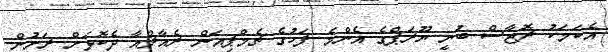
އެކަމަކު ރޮޖާސް ބުނީ ޔޫރަޕްގެ އެންމެ ފަހުގެ ޗެމްޕިއަން ރެއާލްއާ ދެކޮޅަށް ރަށުން